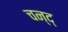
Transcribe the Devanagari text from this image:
चन्द्